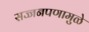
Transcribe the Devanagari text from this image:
सज्जनपणामुळे